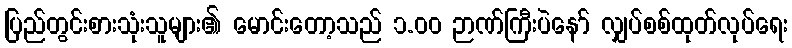
ပြည်တွင်းစားသုံးသူများ၏ မောင်းတော့သည် ၁.၀၀ ဉာဏ်ကြီးပဲနော် လျှပ်စစ်ထုတ်လုပ်ရေး